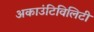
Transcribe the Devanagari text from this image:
अकाउंटिविलिटी